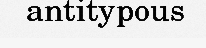
antitypous